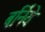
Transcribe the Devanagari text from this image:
बर्निये